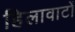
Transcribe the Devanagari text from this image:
हिलावाटों